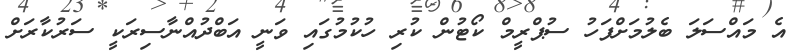
އެ މައްސަލަ ބެލުމަށްފަހު ސުޕްރީމް ކޯޓުން ކުރި ހުކުމުގައި ވަނީ އަބްދުއްނާސިރަކީ ސަރުކާރަށް